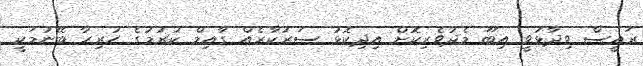
ރައީސް ވިދާޅުވީ އިބޫ މެދުވެރިކޮށް އިދިކޮޅު ސަރުކާރެއް ގާއިމް ކުރުމުގެ ހުރިހާ ބޭނުމަކީ